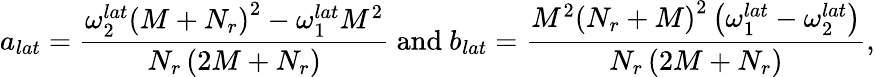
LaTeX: a_{lat}=\frac{\omega_{2}^{lat}\left(M+N_{r}\right)^{2}-\omega_{1}^{lat}M^{2}}{N_{r}\left(2M+N_{r}\right)}\mathrm{~and~}b_{lat}=\frac{M^{2}\left(N_{r}+M\right)^{2}\left(\omega_{1}^{lat}-\omega_{2}^{lat}\right)}{N_{r}\left(2M+N_{r}\right)},